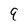
Character: 9